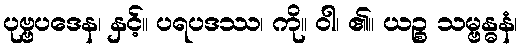
ပုဗ္ဗပဒေန၊ နှင့်။ ပရပဒဿ၊ ကို။ ဝါ၊ ၏။ ယဉ္စ သမ္ဗန္ဓနံ၊